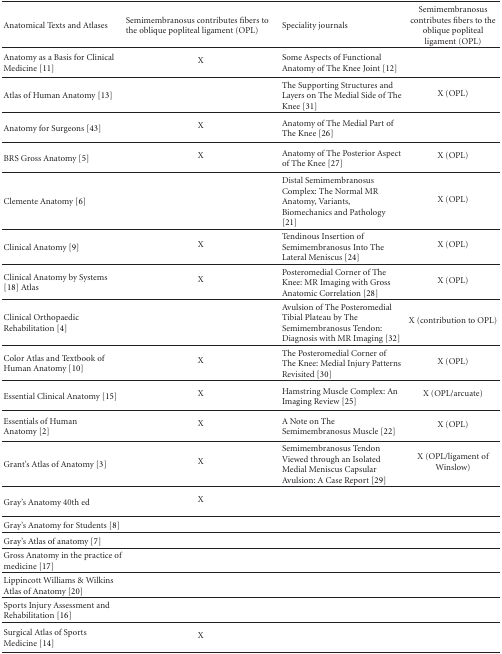
<table><thead><tr><td><b>Anatomical Texts and Atlases</b></td><td><b>Semimembranosus contributes fibers to the oblique popliteal ligament (OPL)</b></td><td><b>Speciality journals</b></td><td><b>Semimembranosus contributes fibers to the oblique popliteal ligament (OPL)</b></td></tr></thead><tbody><tr><td>Anatomy as a Basis for Clinical Medicine [11]</td><td>X</td><td>Some Aspects of Functional Anatomy of The Knee Joint [12]</td><td></td></tr><tr><td>Atlas of Human Anatomy [13]</td><td></td><td>The Supporting Structures and Layers on The Medial Side of The Knee [31]</td><td>X (OPL)</td></tr><tr><td>Anatomy for Surgeons [43]</td><td>X</td><td>Anatomy of The Medial Part of The Knee [26]</td><td></td></tr><tr><td>BRS Gross Anatomy [5]</td><td>X</td><td>Anatomy of The Posterior Aspect of The Knee [27]</td><td>X (OPL)</td></tr><tr><td>Clemente Anatomy [6]</td><td></td><td>Distal Semimembranosus Complex: The Normal MR Anatomy, Variants, Biomechanics and Pathology [21]</td><td>X (OPL)</td></tr><tr><td>Clinical Anatomy [9]</td><td>X</td><td>Tendinous Insertion of Semimembranosus Into The Lateral Meniscus [24]</td><td>X (OPL)</td></tr><tr><td>Clinical Anatomy by Systems [18] Atlas</td><td>X</td><td>Posteromedial Corner of The Knee: MR Imaging with Gross Anatomic Correlation [28]</td><td>X (OPL)</td></tr><tr><td>Clinical Orthopaedic Rehabilitation [4]</td><td></td><td>Avulsion of The Posteromedial Tibial Plateau by The Semimembranosus Tendon: Diagnosis with MR Imaging [32]</td><td>X (contribution to OPL) </td></tr><tr><td>Color Atlas and Textbook of Human Anatomy [10]</td><td>X</td><td>The Posteromedial Corner of The Knee: Medial Injury Patterns Revisited [30]</td><td>X (OPL)</td></tr><tr><td>Essential Clinical Anatomy [15]</td><td>X</td><td>Hamstring Muscle Complex: An Imaging Review [25]</td><td>X (OPL/arcuate) </td></tr><tr><td>Essentials of Human Anatomy [2]</td><td>X</td><td>A Note on The Semimembranosus Muscle [22]</td><td>X (OPL)</td></tr><tr><td>Grant&#x27;s Atlas of Anatomy [3]</td><td>X</td><td>Semimembranosus Tendon Viewed through an Isolated Medial Meniscus Capsular Avulsion: A Case Report [29]</td><td>X (OPL/ligament of Winslow)</td></tr><tr><td>Gray&#x27;s Anatomy 40th ed</td><td>X</td><td></td><td></td></tr><tr><td>Gray&#x27;s Anatomy for Students [8]</td><td></td><td></td><td></td></tr><tr><td>Gray&#x27;s Atlas of anatomy [7]</td><td></td><td></td><td></td></tr><tr><td>Gross Anatomy in the practice of medicine [17]</td><td></td><td></td><td></td></tr><tr><td>Lippincott Williams &amp; Wilkins Atlas of Anatomy [20]</td><td></td><td></td><td></td></tr><tr><td>Sports Injury Assessment and Rehabilitation [16]</td><td></td><td></td><td></td></tr><tr><td>Surgical Atlas of Sports Medicine [14]</td><td>X</td><td></td><td></td></tr></tbody></table>